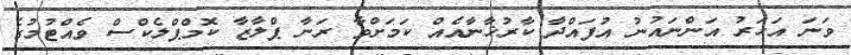
ވަނަ އަހަރު އަންނައުނު އުފައްދާ ކާރުޚާނާއެއް ކަމަށްވާ ރަނާ ޕްލާޒާ ކޮމްޕްލެކްސް ވެއްޓުމުގެ